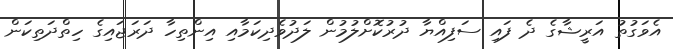
އެވަގުތު އަރީޝާގެ ދެ ފައި ސަފިއްޔާ ދުރުކޮށްލުމުން ލަދުވެދިކަމާއި އިންތިހާ ދަރަޖައިގެ ހިތްދަތިކަން